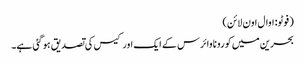
( فوٹو: اوال اون لائن)
بحرین میں کورونا وائرس کے ایک اور کیس کی تصدیق ہو گئی ہے۔